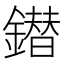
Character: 鐟